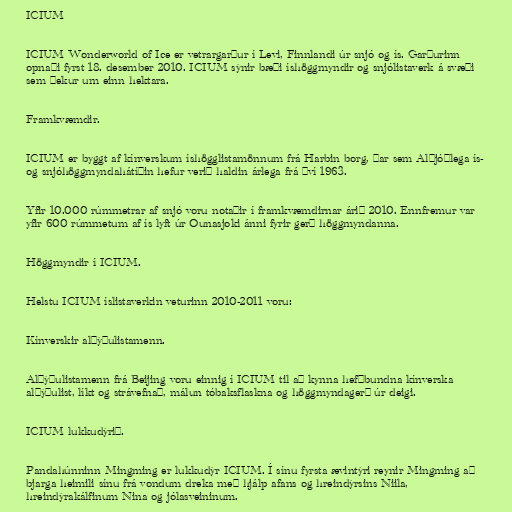
ICIUM

ICIUM Wonderworld of Ice er vetrargarður í Levi, Finnlandi úr snjó og ís. Garðurinn
opnaði fyrst 18. desember 2010. ICIUM sýnir bæði íshöggmyndir og snjólistaverk á svæði
sem þekur um einn hektara.

Framkvæmdir.

ICIUM er byggt af kínverskum íshögglistamönnum frá Harbin borg, þar sem Alþjóðlega ís-
og snjóhöggmyndahátíðin hefur verið haldin árlega frá því 1963.

Yfir 10.000 rúmmetrar af snjó voru notaðir í framkvæmdirnar árið 2010. Ennfremur var
yfir 600 rúmmetum af ís lyft úr Ounasjoki ánni fyrir gerð höggmyndanna.

Höggmyndir í ICIUM.

Helstu ICIUM íslistaverkin veturinn 2010-2011 voru:

Kínverskir alþýðulistamenn.

Alþýðulistamenn frá Beijing voru einnig í ICIUM til að kynna hefðbundna kínverska
alþýðulist, líkt og strávefnað, málun tóbaksflaskna og höggmyndagerð úr deigi.

ICIUM lukkudýrið.

Pandahúnninn Mingming er lukkudýr ICIUM. Í sínu fyrsta ævintýri reynir Mingming að
bjarga heimili sínu frá vondum dreka með hjálp afans og hreindýrsins Niila,
hreindýrakálfinum Nina og jólasveininum.